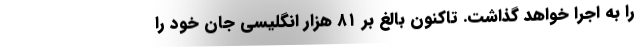
را به اجرا خواهد گذاشت. تاکنون بالغ بر ۸۱ هزار انگلیسی جان خود را